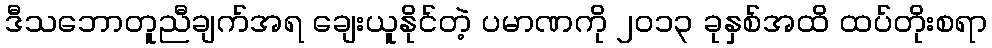
ဒီသဘောတူညီချက်အရ ချေးယူနိုင်တဲ့ ပမာဏကို ၂၀၁၃ ခုနှစ်အထိ ထပ်တိုးစရာ